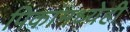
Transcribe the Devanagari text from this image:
पिकांमध्येही